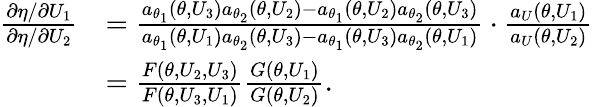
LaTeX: \begin{array}{rl}{\frac{\partial\eta/\partial U_{1}}{\partial\eta/\partial U_{2}}}&{=\frac{a_{\theta_{1}}(\theta,U_{3})a_{\theta_{2}}(\theta,U_{2})-a_{\theta_{1}}(\theta,U_{2})a_{\theta_{2}}(\theta,U_{3})}{a_{\theta_{1}}(\theta,U_{1})a_{\theta_{2}}(\theta,U_{3})-a_{\theta_{1}}(\theta,U_{3})a_{\theta_{2}}(\theta,U_{1})}\cdot\frac{a_{U}(\theta,U_{1})}{a_{U}(\theta,U_{2})}}\\ &{=\frac{F(\theta,U_{2},U_{3})}{F(\theta,U_{3},U_{1})}\frac{G(\theta,U_{1})}{G(\theta,U_{2})}.}\end{array}